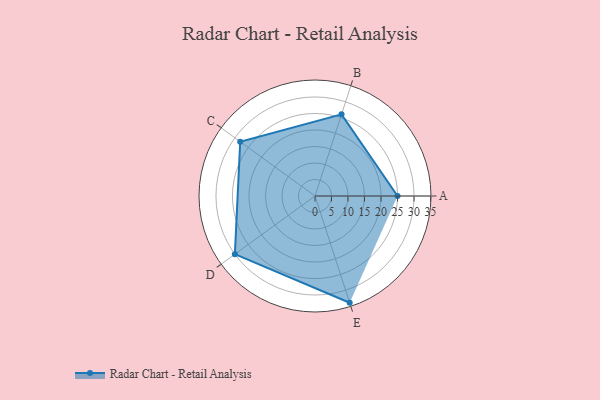
{"axis": {"x": "Skill", "y": "Score"}, "legend": ["Profile"], "data": [{"x": "A", "y": 25.0, "type": "Profile"}, {"x": "B", "y": 26.0, "type": "Profile"}, {"x": "C", "y": 28.0, "type": "Profile"}, {"x": "D", "y": 30.0, "type": "Profile"}, {"x": "E", "y": 34.0, "type": "Profile"}]}